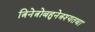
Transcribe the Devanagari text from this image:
त्रिनेत्रोबहुनेत्रश्यतथा